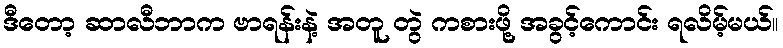
ဒီတော့ ဆာလီဘာက ဗာရန်းနဲ့ အတူ တွဲ ကစားဖို့ အခွင့်ကောင်း ရလိမ့်မယ်။